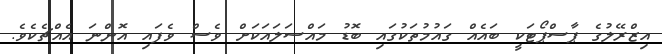
އިޒްރޭލުގެ ޕާސްޕޯޓަކީ ބައެއް ގައުމުތަކުގައި ބޮޑު މައްސަލައަކަށް ވެސް ވެފައި އޮންނަ އެއްޗެކެވެ.